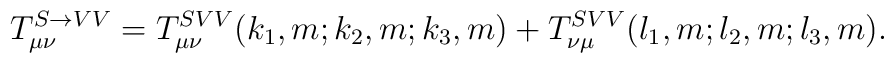
T^{S\rightarrow VV}_{\mu\nu}=T^{SVV}_{\mu\nu}(k_1,m;k_2,m;k_3,m)+T^{SVV}_{\nu\mu}(l_1,m;l_2,m;l_3,m).